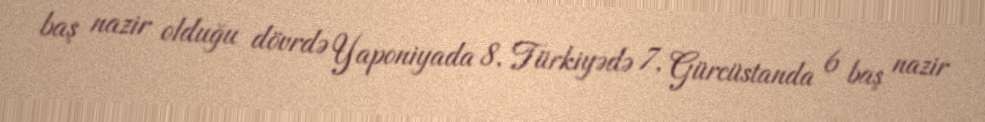
baş nazir olduğu dövrdə Yaponiyada 8, Türkiyədə 7, Gürcüstanda 6 baş nazir